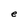
Character: e